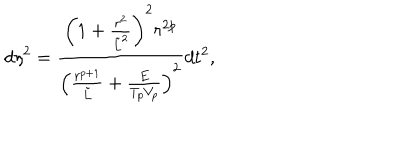
d \eta ^ { 2 } = { \frac { \left( 1 + { \frac { r ^ { 2 } } { \tilde { L } ^ { 2 } } } \right) ^ { 2 } r ^ { 2 p } } { \left( { \frac { r ^ { p + 1 } } { \tilde { L } } } + { \frac { E } { T _ { p } V _ { p } } } \right) ^ { 2 } } } d t ^ { 2 } ,